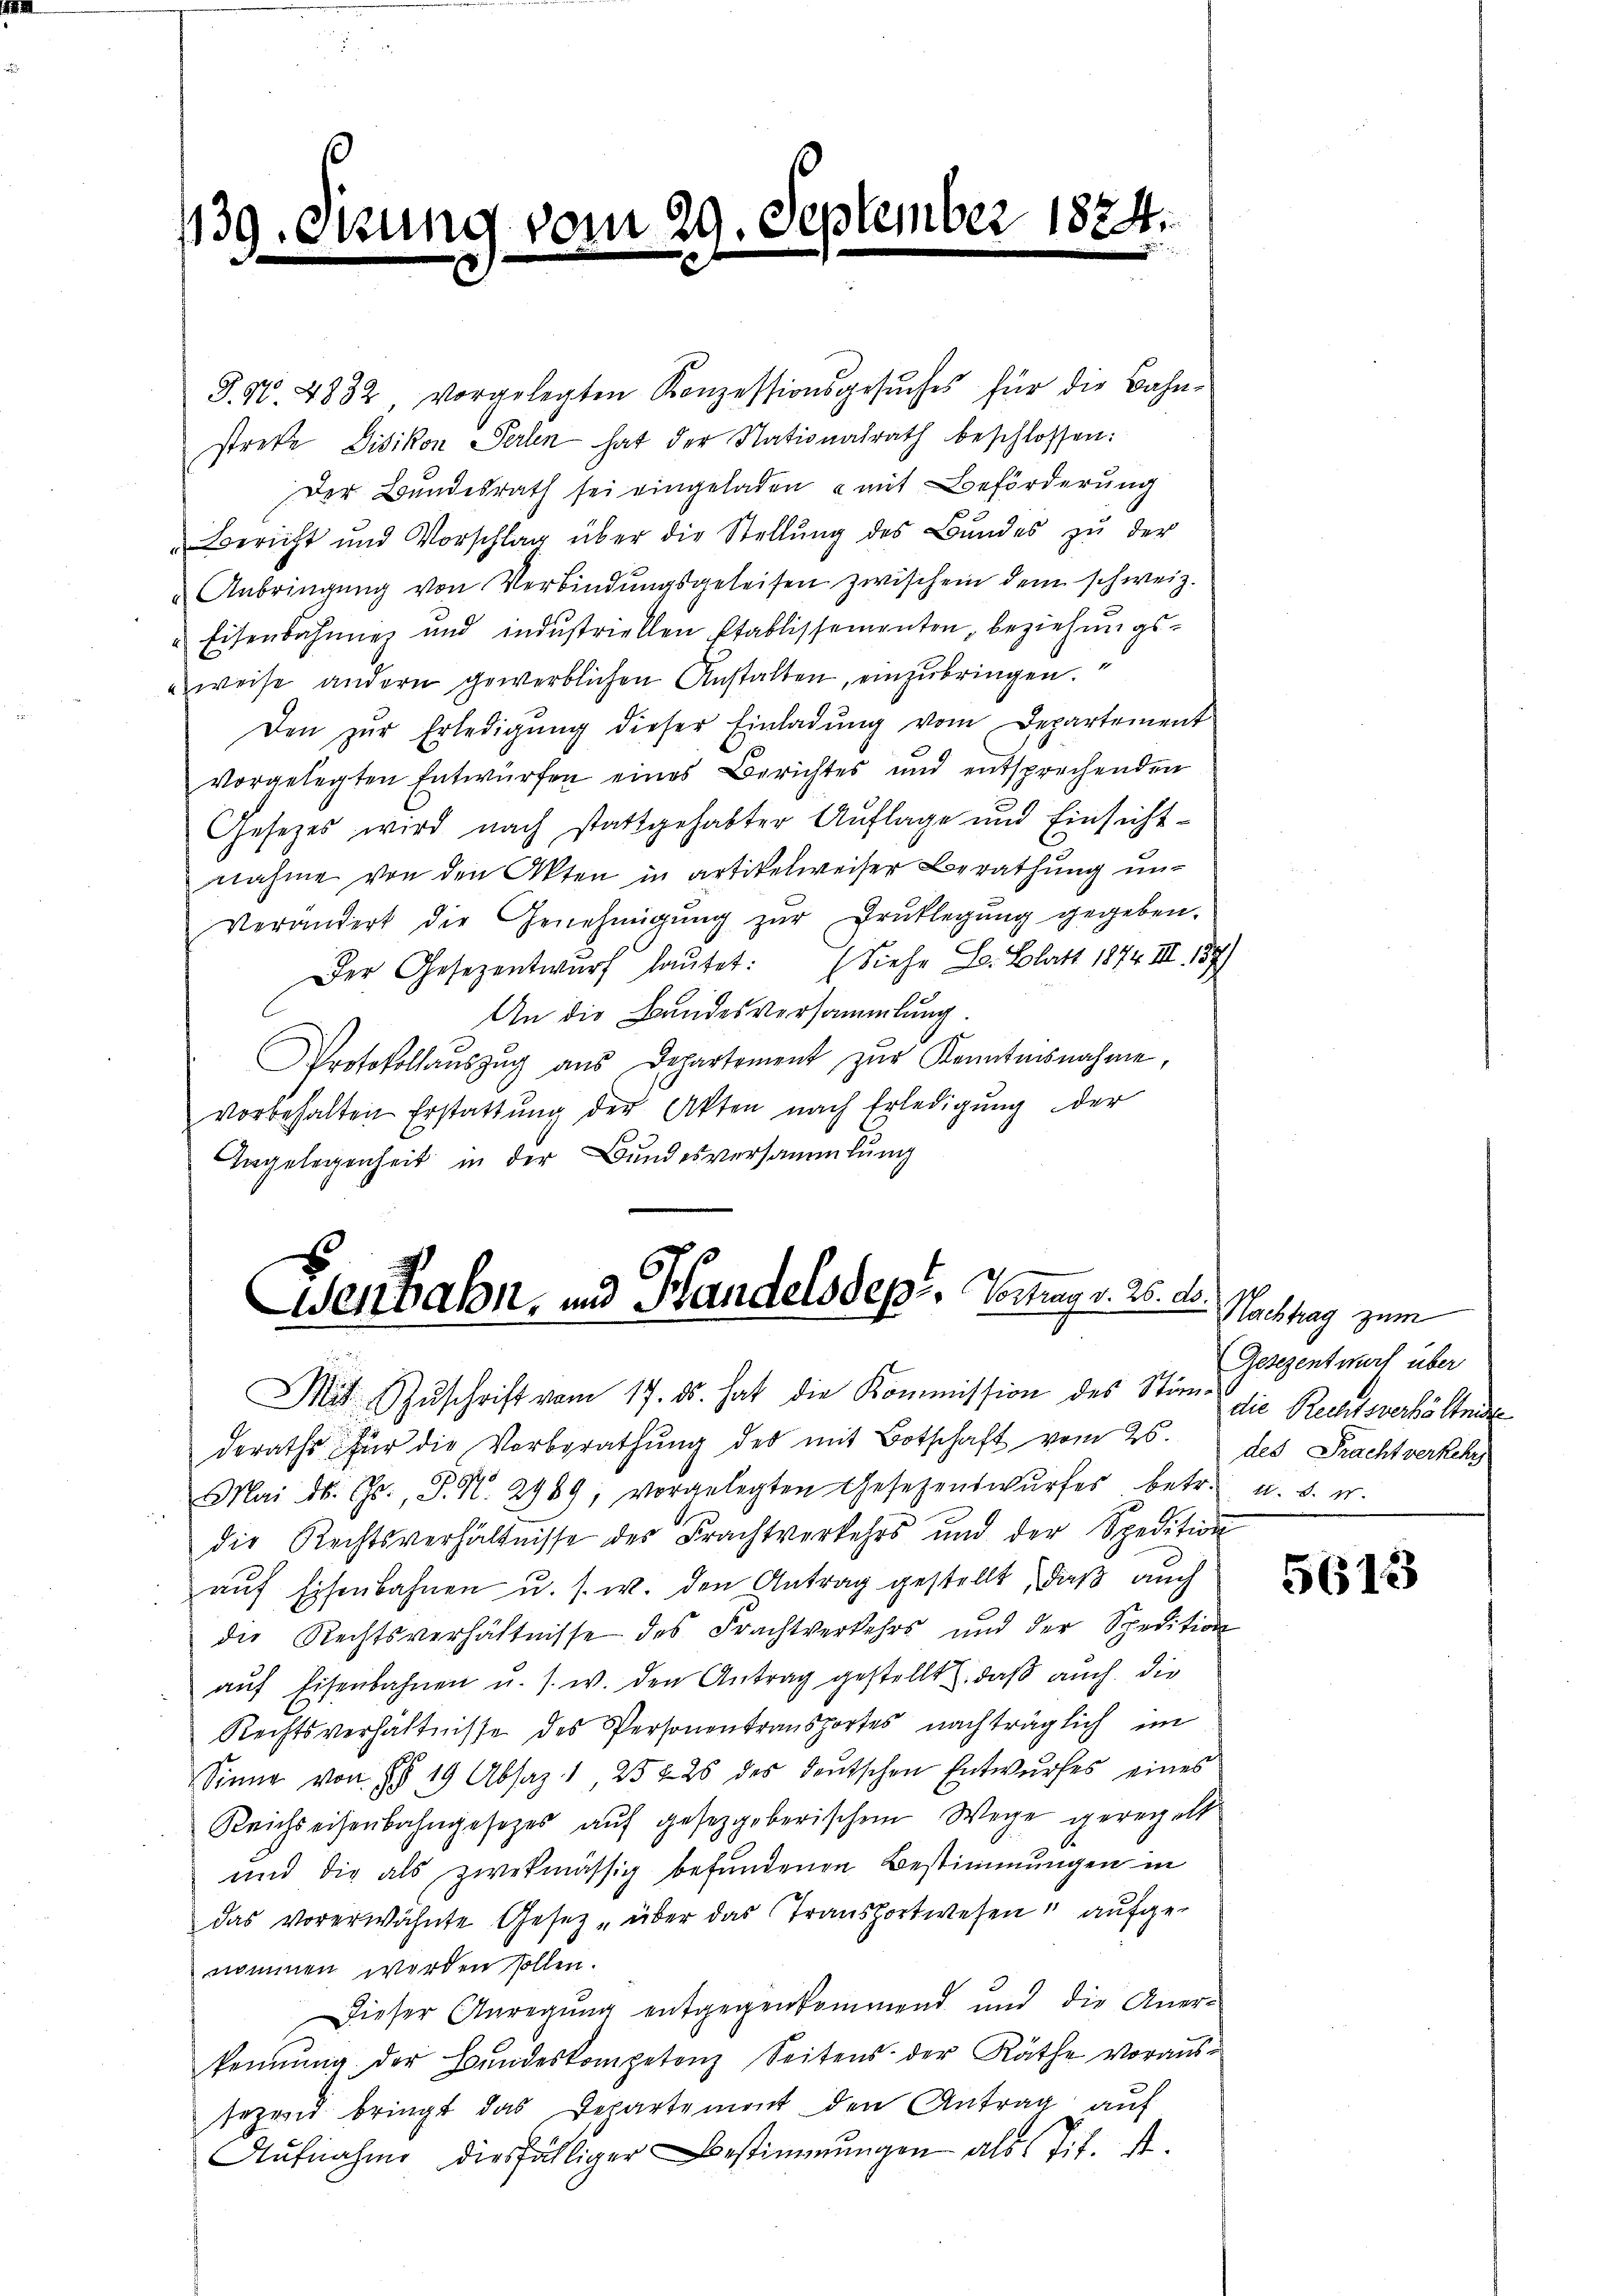
139.

n

.

vom 29. September 1884.

P. Nr. 4832 vorgelegten Konzessionsgesŭches für die Bahn-
streke Bisikon Perlen hat der Nationalrath beschlossen:
Der Bundesrath sei eingeladen u mit Beförderung
Bericht und Vorschlag über die Stellŭng des Bŭndes zŭ der
Anbringung von Verbindungsgeleisen zwischein dem schweiz.
 Eisenbahning und industriellen Etablissementen, beziehungsweise andern gewerblichen Anstalten, einzubringen.
Den zŭr Erledigung dieser Einladung vom Departement
vorgelegten Entwürfen eines Berichtes und entsprechenden
Gesetzes wird nach stattgehabter Auflage und Einsichtnahme von den Akten in artikelweiser Berathŭng ŭn-
Verändert die Genehmigŭng zŭr Brüklegŭng gegeben.
Der Gesezentwurf lautet: (Siehe L. Blatt 1874 III 157)
An die Bundesversammlung.
Protokollaŭszŭg aŭs Departement zŭr Kenntnisnahme,
vorbehalten Erstattŭng der Akten nach Erledigŭng der
Angelegenheit in der Bundesversammlung

Wenbahn, und Handelsdepi, Vortrag v. 26. d.

Mit Zŭschrift vom 17. ds. hat die Kommission des Stim die Rechtsverhältnis
deraths für die Vorberathŭng des mit Botschaft vom 26. des Prachtverkehr
Mai d. Js., P. N. 2989, vorgelegten Gesetzenswurfes betr.
die Rechtsverhältnisse des Frachtverkehrs und der Spedition
aŭf Eisenbahnen u. s. w. den Antrag gestellt, daß auch
die Rechtsverhältnisse des Frachtverkehrs und der Spedition
aŭf Eisenbahnen u. s. w. den Antrag gestellt, daß auch die
Rechtsverhältnisse des Personentransportes nachträglich im
Sinne von §§ 19 Absaz 1 252 25 des deŭtschen Entwŭrfes eines
Reichseisenbahngesetzes aŭf gesetzgeberischen Wege geregelt
und die als zwekmässig befundenen Bestimmungen in
das vorerwähnte Gesetz über das Transfortwesen, aufgenommen werden sollen.
Dieser Anregung entgegenkommend und die Aner-
kennung der Bundeskompetenz Seitens der Räthe voraus-
sezend bringt das Departement den Antrag auf
Aŭfnahme diesfälliger Bestimmungen als Tit. St.

Nachtrag zum
Gesezentwurf über
1. d. M.

5613